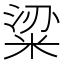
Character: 粱